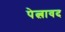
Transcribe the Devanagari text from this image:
पेत्लावद